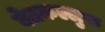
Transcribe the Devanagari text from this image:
बेतकल्लुफ